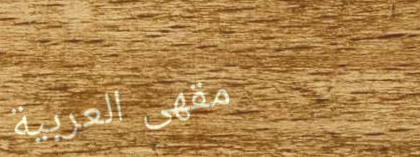
مقهى العربية